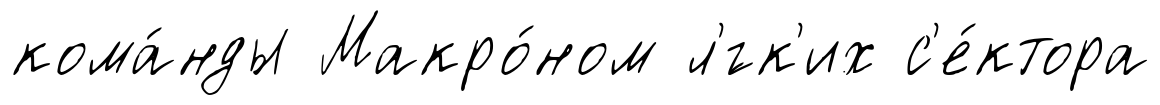
кома́нды Макро́ном л'́гк'их с'е́ктора